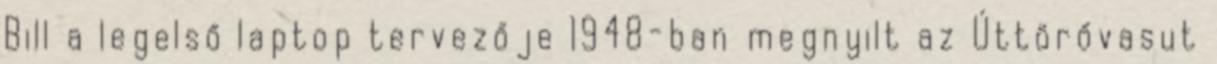
Bill a legelső laptop tervezője 1948-ban megnyilt az Úttörővasut